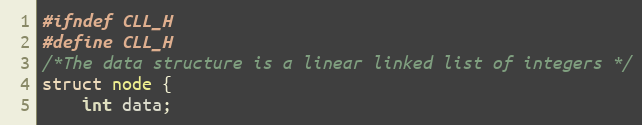
Language: C
#ifndef CLL_H
#define CLL_H
/*The data structure is a linear linked list of integers */
struct node {
    int data;